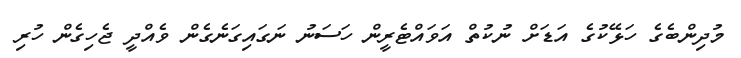
މުދިންބެގެ ހަޅޭކުގެ އަޑަށް ނުކުތް އަވައްޓެރީން ހަސަނު ނަގައިގަނެގެން ވެއްދީ ޖެހިގެން ހުރި